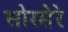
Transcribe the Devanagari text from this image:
सोरसेरे